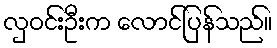
လှဝင်းဦးက လောင်ပြန်သည်။